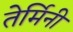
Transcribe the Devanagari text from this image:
तेर्मिनी